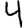
Digit: 4